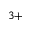
^ { 3 + }